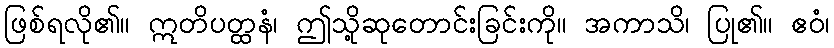
ဖြစ်ရလို၏။ ဣတိပတ္ထနံ၊ ဤသို့ဆုတောင်းခြင်းကို။ အကာသိ၊ ပြု၏။ ဧဝံ၊